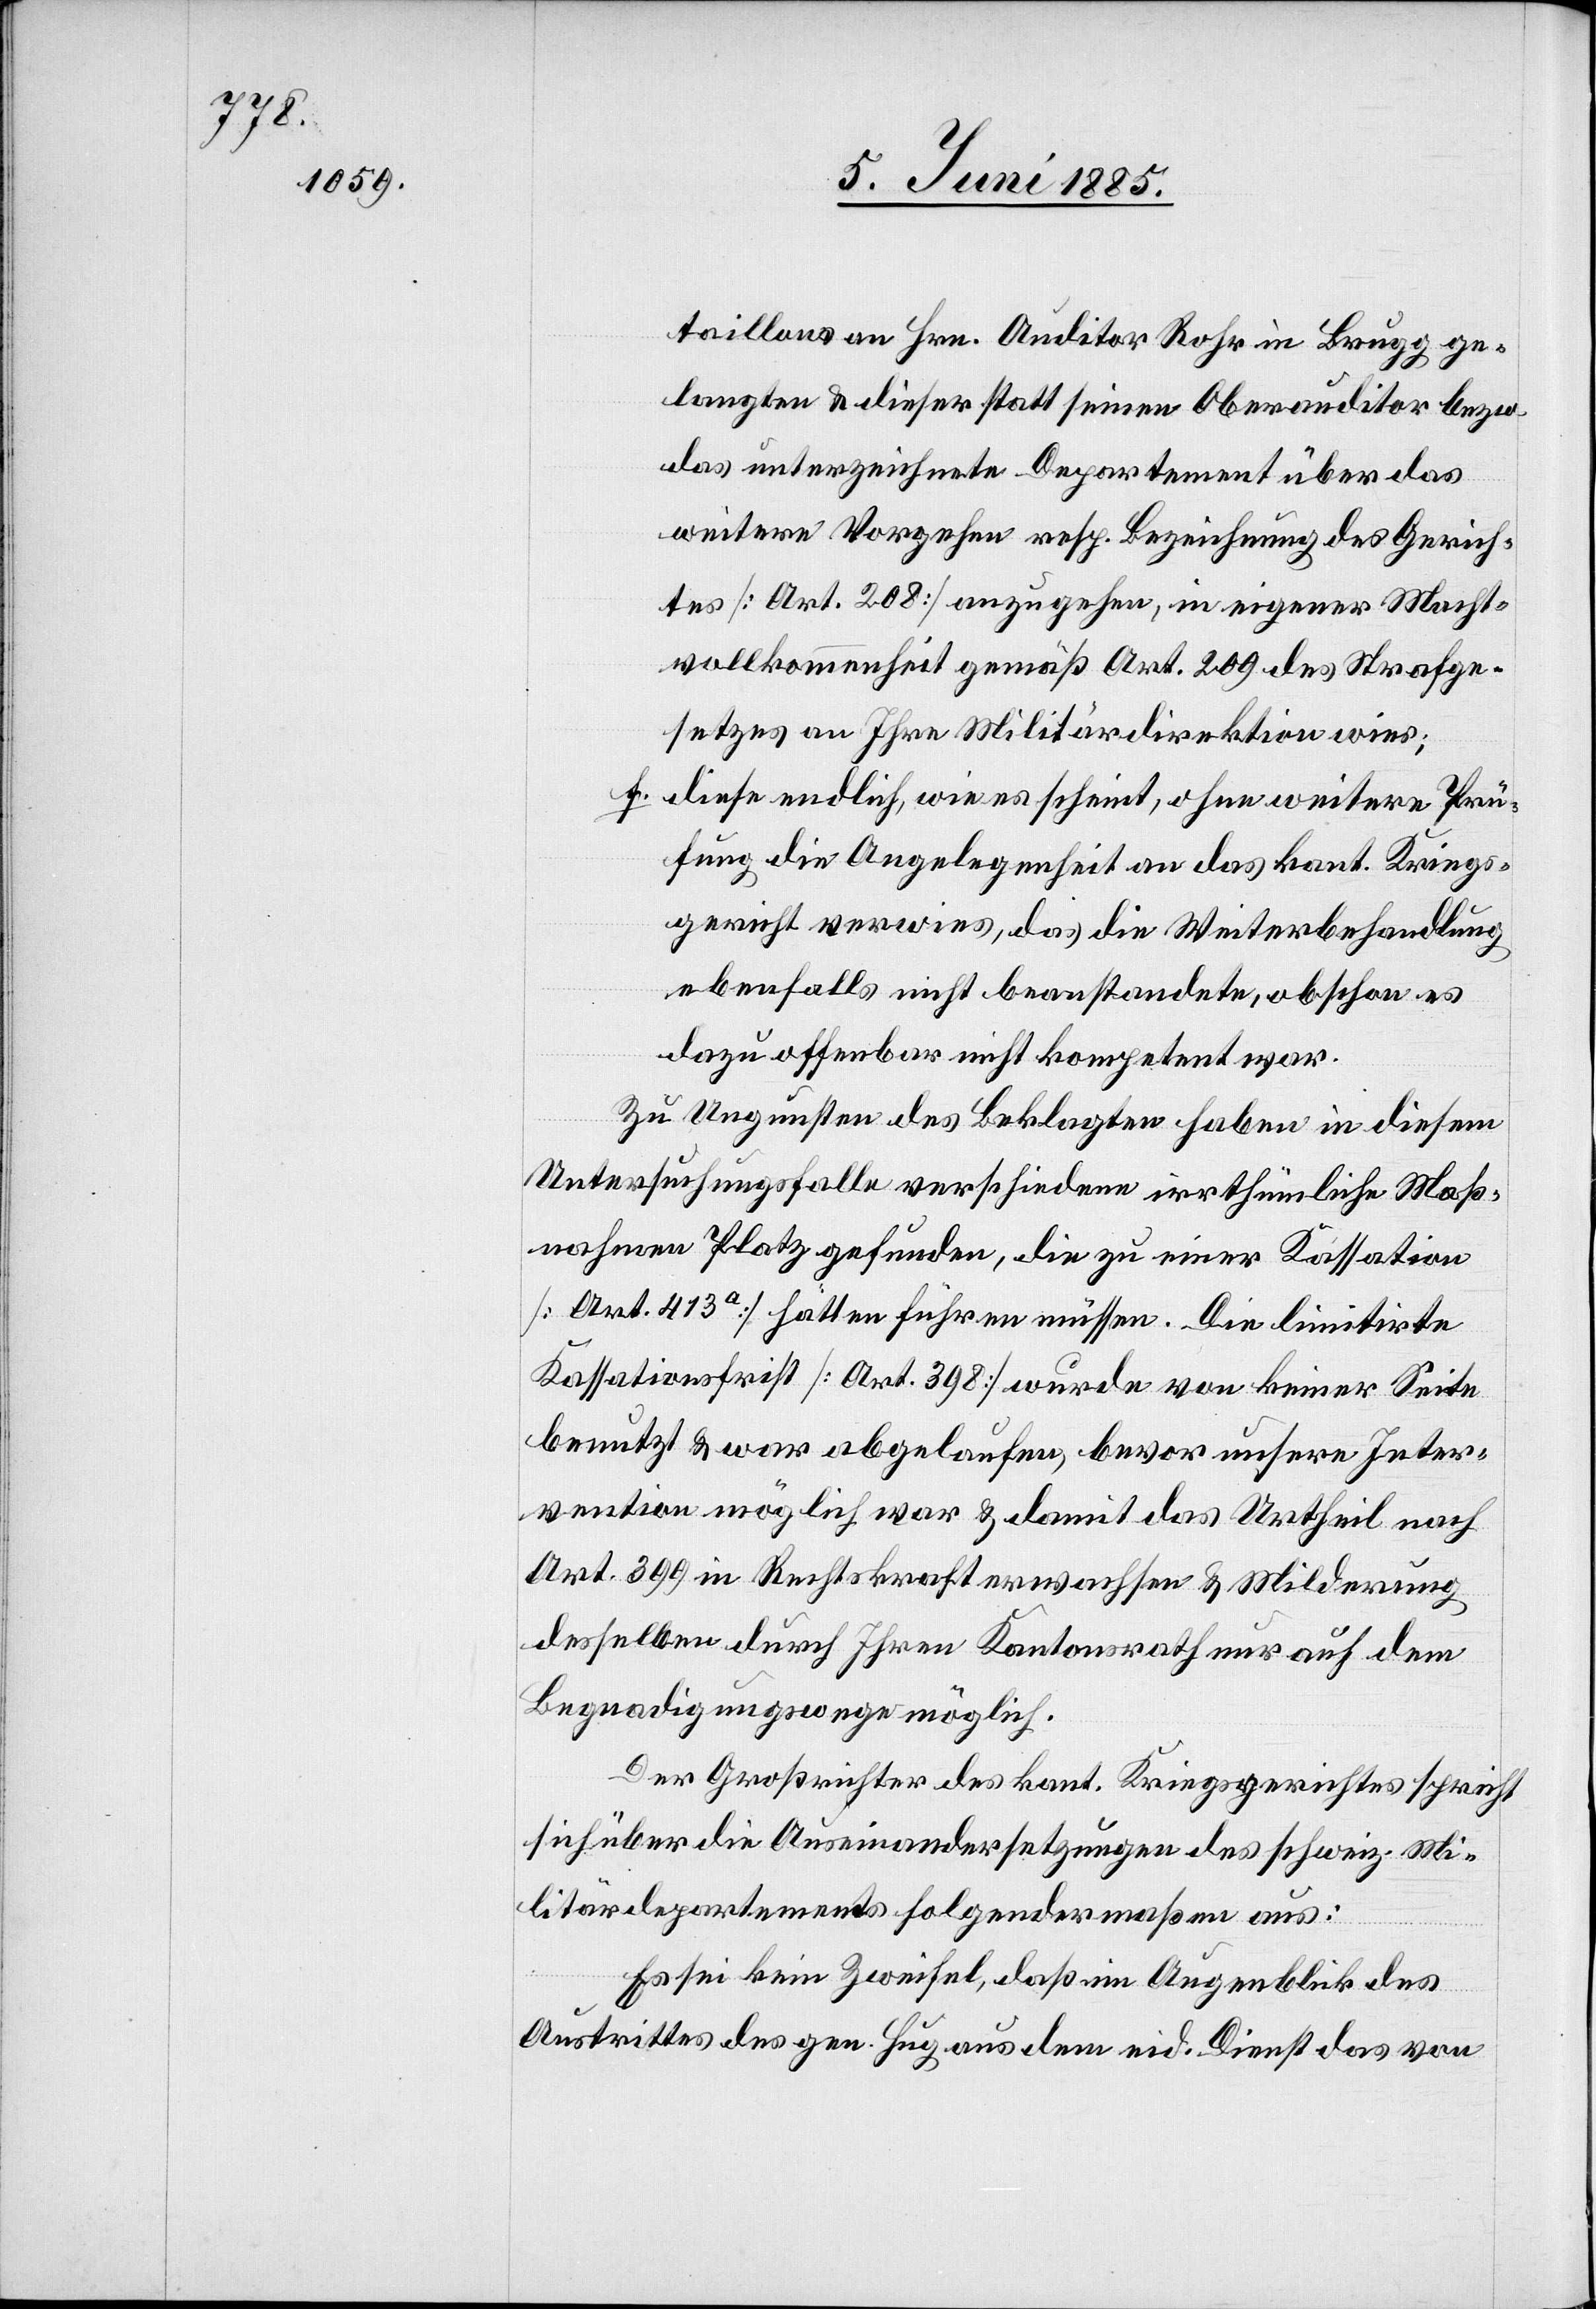
taillons an Hrn. Auditor Rohr in Brugg ge¬
langten & dieser statt seinem Oberauditor bezw.
das unterzeichnete Departement über das
weitere Vorgehen resp. Bezeichnung des Gerich¬
tes [Art. 208] anzugehen, in eigener Macht¬
vollkommenheit gemäß Art. 209 des Strafge¬
setzes an Ihre Militärdirektion wies;
f. diese endlich, wie es scheint, ohne weitere Prü¬
fung die Angelegenheit an das kant. Kriegs¬
gericht verwies, das die Weiterbehandlung
ebenfalls nicht beanstandete, obschon es
dazu offenbar nicht kompetent war.
Zu Ungunsten des Beklagten haben in diesem
Untersuchungsfalle verschiedene irrthümliche Maß¬
nahmen Platz gefunden, die zu einer Kassation
[Art. 413a] hätten führen müssen. Die limitirte
Kassationsfrist [Art. 398] wurde von keiner Seite
benutzt & war abgelaufen, bevor unsere Inter¬
vention möglich war & damit das Urtheil nach
Art. 399 in Rechtskraft erwachsen & Milderung
desselben durch Ihren Kantonsrath nur auf dem
Begnadigungswege möglich.
Der Großrichter des kant. Kriegsgerichtes spricht
sich über die Auseinandersetzungen des schweiz. Mi¬
litärdepartements folgendermaßen aus:
Es sei kein Zweifel, daß im Augenblick des
Austrittes des gen. Hug aus dem eid. Dienst das von